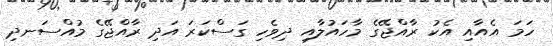
ހަމަ އެއާއި އެކު ރާއްޖޭގެ މާހައުލާއި ދިވެހި ގަސްކަރަ އަދި ރާއްޖޭގެ މުއްސަނދި